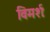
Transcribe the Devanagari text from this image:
विमर्शः